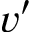
v ^ { \prime }